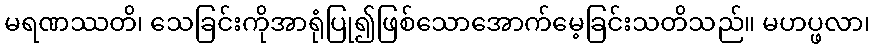
မရဏဿတိ၊ သေခြင်းကိုအာရုံပြု၍ဖြစ်သောအောက်မေ့ခြင်းသတိသည်။ မဟပ္ဖလာ၊